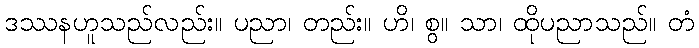
ဒဿနဟူသည်လည်း။ ပညာ၊ တည်း။ ဟိ၊ စွ။ သာ၊ ထိုပညာသည်။ တံ